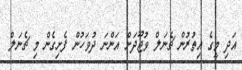
އަދި މީގެ އިތުރުން ޗެނަލް ވުޖޫދަށް އަންނަ ދުވަހުން ފެށިގެން މި ޗެނަލް